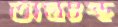
অন্তঃস্থ